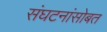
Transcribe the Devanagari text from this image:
संघटनांसोबत